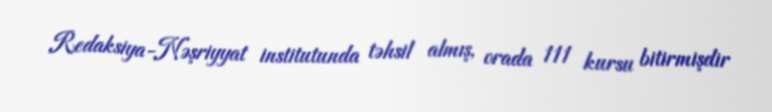
Redaksiya-Nəşriyyat institutunda təhsil almış, orada 111 kursu bitirmişdir